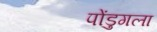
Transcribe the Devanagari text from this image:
पोंडुगला